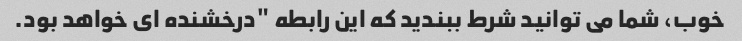
خوب، شما می توانید شرط ببندید که این رابطه "درخشنده ای خواهد بود.